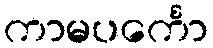
ကာမပင်္ကော